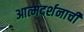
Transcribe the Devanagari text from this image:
आत्मदर्शनाची